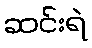
ဆင်းရဲ